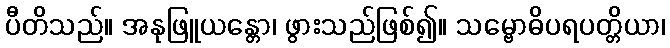
ပီတိသည်။ အနုဖြူယန္တော၊ ဖွားသည်ဖြစ်၍။ သမ္ဗောဓိပရပတ္တိယာ၊